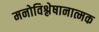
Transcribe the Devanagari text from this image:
मनोविश्लेषानात्मक